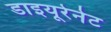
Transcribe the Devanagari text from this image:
डाइयूरेनेट